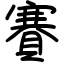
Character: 賽